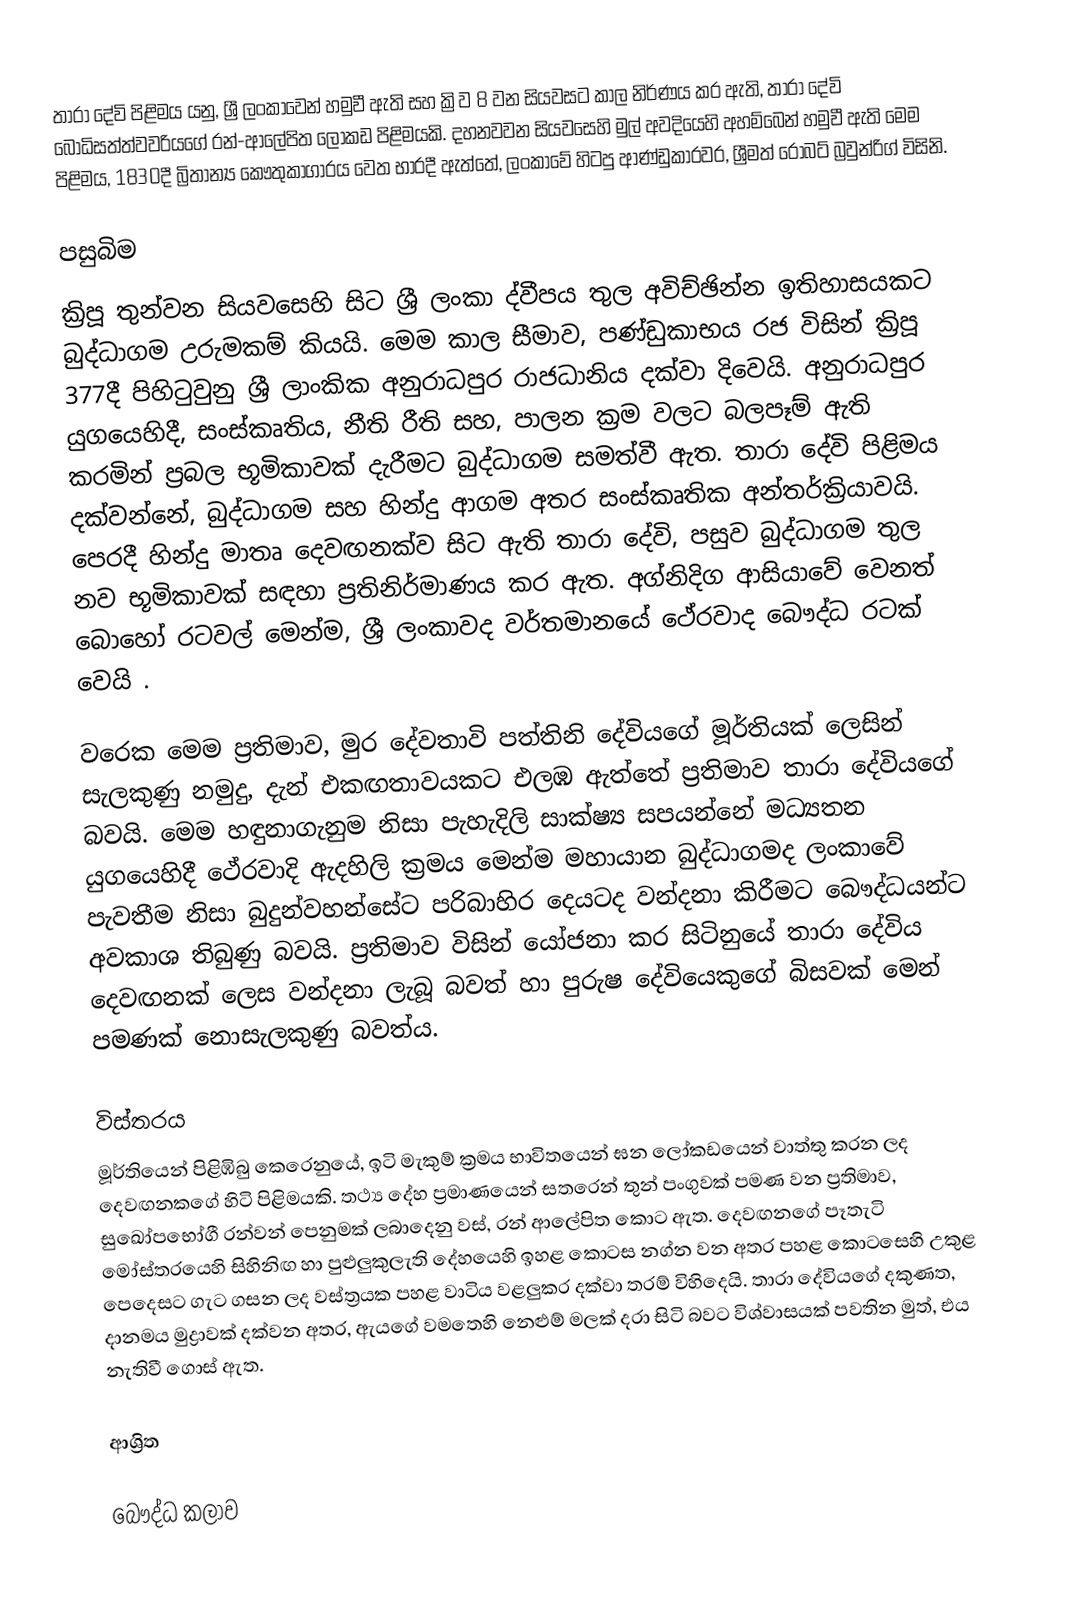
තාරා දේවි පිළිමය යනු,  ශ්‍රී ලංකාවෙන් හමුවී ඇති සහ ක්‍රිව 8 වන සියවසට කාල නිර්ණය කර ඇති, තාරා දේවි බෝධිසත්ත්වවරියගේ රන්-ආලේපිත ලෝකඩ පිළිමයකි. දහනවවන සියවසෙහි මුල් අවදියෙහි අහම්බෙන් හමුවී ඇති මෙම පිළිමය, 1830දී  බ්‍රිතාන්‍ය කෞතුකාගාරය වෙත භාරදී ඇත්තේ,  ලංකාවේ හිටපු ආණ්ඩුකාරවර, ශ්‍රීමත් රොබට් බ්‍රවුන්රිග් විසිනි.

පසුබිම
ක්‍රිපූ තුන්වන සියවසෙහි සිට ශ්‍රී ලංකා ද්වීපය  තුල අවිච්ඡින්න ඉතිහාසයකට බුද්ධාගම උරුමකම් කියයි. මෙම කාල සීමාව,  පණ්ඩුකාභය රජ විසින් ක්‍රිපූ 377දී පිහිටුවුනු ශ්‍රී ලාංකික අනුරාධපුර රාජධානිය දක්වා දිවෙයි. අනුරාධපුර යුගයෙහිදී, සංස්කෘතිය, නීති රීති සහ, පාලන ක්‍රම වලට බලපෑම් ඇති කරමින් ප්‍රබල භූමිකාවක් දැරීමට බුද්ධාගම සමත්වී ඇත. තාරා දේවි පිළිමය දක්වන්නේ, බුද්ධාගම සහ හින්දු ආගම  අතර සංස්කෘතික අන්තර්ක්‍රියාවයි. පෙරදී හින්දු මාතෘ දෙවඟනක්ව සිට ඇති තාරා දේවි, පසුව බුද්ධාගම තුල නව භූමිකාවක් සඳහා ප්‍රතිනිර්මාණය කර ඇත.  අග්නිදිග ආසියාවේ වෙනත් බොහෝ රටවල් මෙන්ම, ශ්‍රී ලංකාවද වර්තමානයේ  ථේරවාද බෞද්ධ රටක් වෙයි .

වරෙක මෙම ප්‍රතිමාව, මුර දේවතාවි පත්තිනි දේවියගේ මූර්තියක් ලෙසින් සැලකුණු නමුදු, දැන් එකඟතාවයකට එලඹ ඇත්තේ ප්‍රතිමාව තාරා දේවියගේ බවයි. මෙම හඳුනාගැනුම නිසා පැහැදිලි සාක්ෂ්‍ය සපයන්නේ මධ්‍යතන යුගයෙහිදී ථේරවාදි ඇදහිලි ක්‍රමය මෙන්ම  මහායාන බුද්ධාගමද ලංකාවේ පැවතීම නිසා බුදුන්වහන්සේට පරිබාහිර දෙයටද වන්දනා කිරීමට බෞද්ධයන්ට අවකාශ තිබුණු බවයි. ප්‍රතිමාව විසින් යෝජනා කර සිටිනුයේ තාරා දේවිය දෙවඟනක් ලෙස වන්දනා ලැබූ බවත් හා පුරුෂ දේවියෙකුගේ බිසවක් මෙන් පමණක් නොසැලකුණු බවත්ය.

විස්තරය
මූර්තියෙන් පිළිඹිබු කෙරෙනුයේ,  ඉටි මැකුම් ක්‍රමය භාවිතයෙන් ඝන ලෝකඩයෙන් වාත්තු කරන ලද දෙවඟනකගේ හිටි පිළිමයකි. තථ්‍ය දේහ ප්‍රමාණයෙන් සතරෙන් තුන් පංගුවක් පමණ වන ප්‍රතිමාව, සුඛෝපභෝගී රන්වන් පෙනුමක් ලබාදෙනු වස්, රන් ආලේපිත කොට ඇත. දෙවඟනගේ පෑතැටි මෝස්තරයෙහි සිහිනිඟ හා පුළුලුකුලැති දේහයෙහි ඉහළ කොටස නග්න වන අතර පහළ කොටසෙහි උකුළ පෙදෙසට ගැට ගසන ලද වස්ත්‍රයක පහළ වාටිය වළලුකර දක්වා තරම් විහිදෙයි. තාරා දේවියගේ දකුණත, දානමය මුද්‍රාවක් දක්වන අතර, ඇයගේ වමතෙහි   නෙළුම් මලක් දරා සිටි බවට විශ්වාසයක් පවතින මුත්, එය නැතිවී ගොස් ඇත.

ආශ්‍රිත

බෞද්ධ කලාව